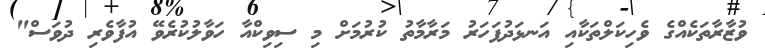
ވުޒާރާތަކެއްގެ ވެހިކަލްތަކާއި އަނޅަދުފަހަރު މަރާމާތު ކުރުމަށް މި ސިވިކްއާ ހަވާލުކުރެވޭ އުފާވެރި ދުވަސް"